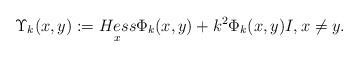
\begin{align*}\Upsilon_k(x,y):=\underset{x}{Hess}\Phi_{k}(x,y)+k^2 \Phi_{k}(x,y){I}, x\neq y.\end{align*}